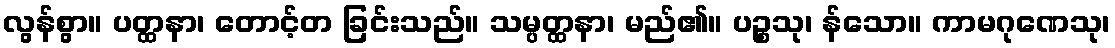
လွန်စွာ။ ပတ္ထနာ၊ တောင့်တ ခြင်းသည်။ သမ္ပတ္ထနာ၊ မည်၏။ ပဉ္စသု၊ န်သော။ ကာမဂုဏေသု၊